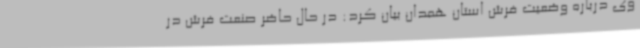
وی درباره وضعیت فرش استان همدان بیان کرد: در حال حاضر صنعت فرش در